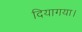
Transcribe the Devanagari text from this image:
दियागया।